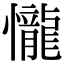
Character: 𢤱